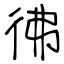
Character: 彿